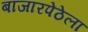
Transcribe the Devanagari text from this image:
बाजारपेठेला